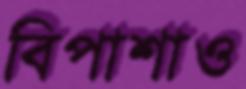
বিপাশাও